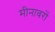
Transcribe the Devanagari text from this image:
मीनावरों